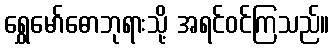
ရွှေမော်ဓောဘုရားသို့ အရင်ဝင်ကြသည်။